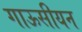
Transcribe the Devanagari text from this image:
गाऊसीयन